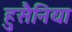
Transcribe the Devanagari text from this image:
हुसैनिया